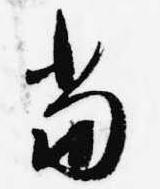
当